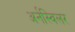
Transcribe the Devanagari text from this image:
अर्नस्विलर